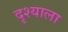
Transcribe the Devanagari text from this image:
दृश्‍याला